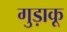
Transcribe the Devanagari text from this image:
गुड़ाकू